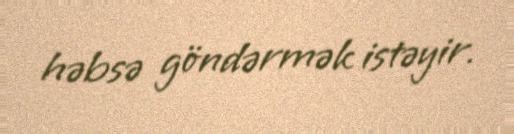
həbsə göndərmək istəyir.